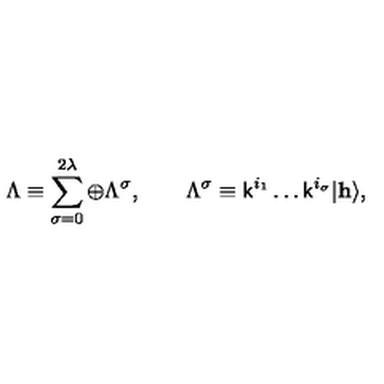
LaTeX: \Lambda \equiv \sum _ { \sigma = 0 } ^ { 2 \lambda } \oplus \Lambda ^ { \sigma } , \qquad \Lambda ^ { \sigma } \equiv { \sf k } ^ { i _ { 1 } } \ldots { \sf k } ^ { i _ { \sigma } } | { \bf h } \rangle ,